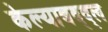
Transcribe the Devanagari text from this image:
केल्याबद्द्ल